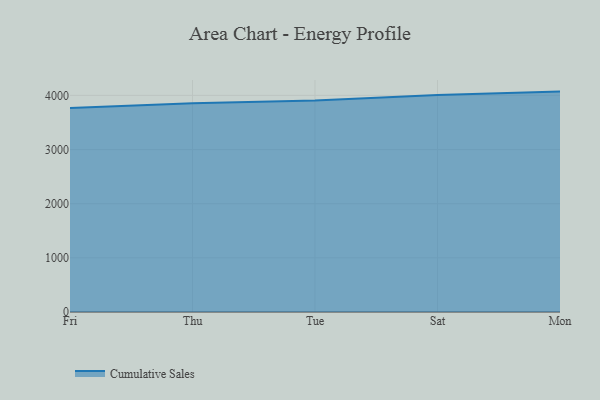
{"axis": {"x": "Day", "y": "Churn Rate (%)"}, "legend": ["Cumulative Sales"], "data": [{"x": "Fri", "y": 3764.2, "type": "Cumulative Sales"}, {"x": "Thu", "y": 3852.0, "type": "Cumulative Sales"}, {"x": "Tue", "y": 3903.5, "type": "Cumulative Sales"}, {"x": "Sat", "y": 4008.1, "type": "Cumulative Sales"}, {"x": "Mon", "y": 4069.3, "type": "Cumulative Sales"}]}